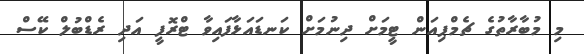
މި މުބާރާތުގެ ޗެމްޕިއަން ޓީމަށް ދިނުމަށް ކަނޑައަޅާފައިވާ ޓްރޮފީ އަދި ރެޑްބުލް ކޭސް